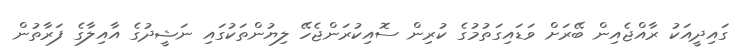
ގައިދީއަކު ރާއްޖެއިން ބޭރަށް ވަޑައިގަތުމުގެ ކުރިން ސޮއިކުރަންޖެހޭ ލިޔުންތަކުގައި ނަޝީދުގެ އާއިލާގެ ފަރާތުން